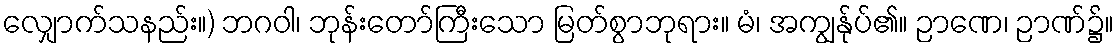
လျှောက်သနည်း။) ဘဂဝါ၊ ဘုန်းတော်ကြီးသော မြတ်စွာဘုရား။ မံ၊ အကျွန်ုပ်၏။ ဉာဏေ၊ ဉာဏ်၌။